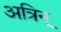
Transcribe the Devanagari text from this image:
अत्रिन्